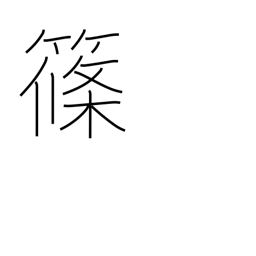
Meaning: bamboo grass